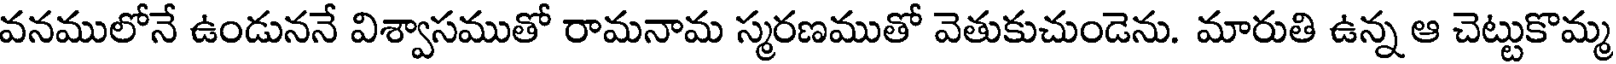
వనములోనే ఉండుననే విశ్వాసముతో రామనామ స్మరణముతో వెతుకుచుండెను. మారుతి ఉన్న ఆ చెట్టుకొమ్మ